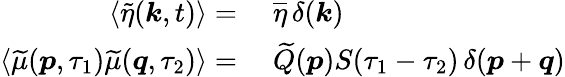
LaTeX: \begin{array}{rl}{\left<\widetilde{\eta}(\boldsymbol{k},t)\right>={}}&{{}\overline{{\eta}}\operatorname{\delta}(\boldsymbol{k})}\\ {\left<\widetilde{\mu}(\boldsymbol{p},\tau_{1})\widetilde{\mu}(\boldsymbol{q},\tau_{2})\right>={}}&{{}\widetilde{Q}\! \left(\boldsymbol{p}\right)S(\tau_{1}-\tau_{2})\operatorname{\delta}(\boldsymbol{p}+\boldsymbol{q})}\end{array}